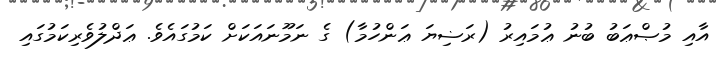
އާއި މުޞްޢަބު ބުނު ޢުމައިރު (ރަޟިޔަ ޢަންހުމާ) ގެ ނަމޫނައަކަށް ކަމުގައެވެ. ޢަދްލުވެރިކަމުގައި